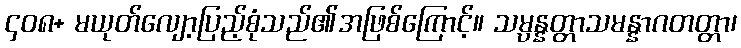
၄၀၈+ မယုတ်လျော့ပြည့်စုံသည်၏အဖြစ်ကြောင့်။ သမ္ပန္နတ္တာသမန္နာဂတတ္တာ၊